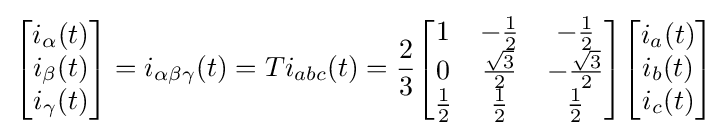
{\begin{bmatrix}i_{\alpha }(t)\\i_{\beta }(t)\\i_{\gamma }(t)\end{bmatrix}}=i_{\alpha \beta \gamma }(t)=Ti_{abc}(t)={\frac {2}{3}}{\begin{bmatrix}1&-{\frac {1}{2}}&-{\frac {1}{2}}\\0&{\frac {\sqrt {3}}{2}}&-{\frac {\sqrt {3}}{2}}\\{\frac {1}{2}}&{\frac {1}{2}}&{\frac {1}{2}}\\\end{bmatrix}}{\begin{bmatrix}i_{a}(t)\\i_{b}(t)\\i_{c}(t)\end{bmatrix}}